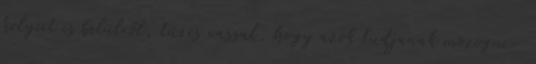
helyeit is belülről, tüzes vassal, hogy azok tudjanak mozogni-